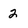
Character: 2